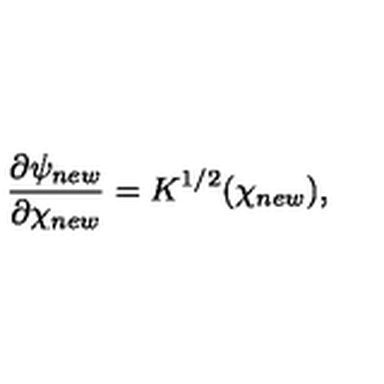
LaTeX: \frac { \partial \psi _ { n e w } } { \partial \chi _ { n e w } } = K ^ { 1 / 2 } ( \chi _ { n e w } ) ,